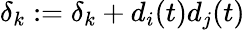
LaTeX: \delta_{k}:=\delta_{k}+d_{i}(t)d_{j}(t)